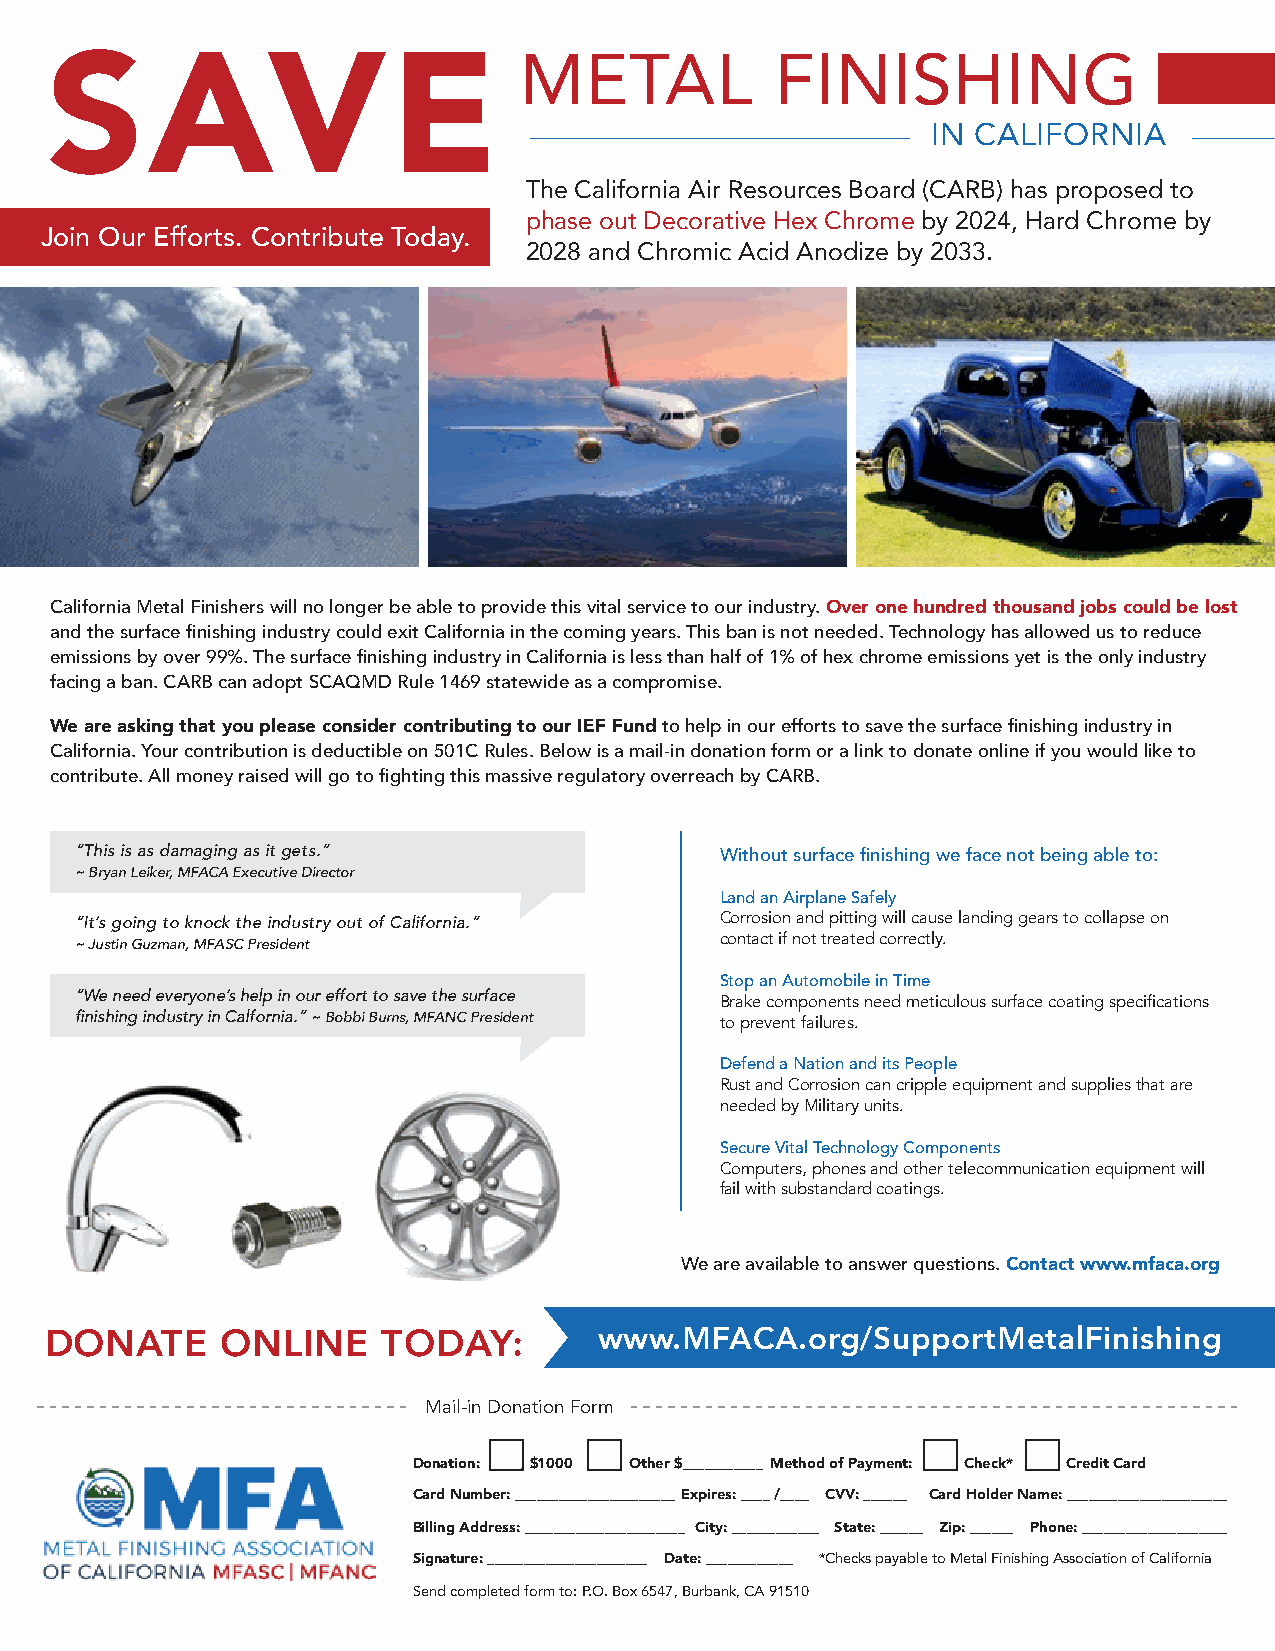
METAL            FINISHING
 SAVE
 IN CALIFORNIA
 The California Air Resources Board (CARB) has proposed to
 phase out Decorative Hex Chrome by 2024, Hard Chrome by
 Join Our Efforts. Contribute Today.
 2028 and Chromic Acid Anodize by 2033.
 California Metal Finishers will no longer be able to provide this vital service to our industry. Over one hundred thousand jobs could be lost
 and the surface finishing industry could exit California in the coming years. This ban is not needed. Technology has allowed us to reduce
 emissions by over 99%. The surface finishing industry in California is less than half of 1% of hex chrome emissions yet is the only industry
 facing a ban. CARB can adopt SCAQMD Rule 1469 statewide as a compromise.
 We are asking that you please consider contributing to our IEF Fund to help in our efforts to save the surface finishing industry in
 California. Your contribution is deductible on 501C Rules. Below is a mail-in donation form or a link to donate online if you would like to
 contribute. All money raised will go to fighting this massive regulatory overreach by CARB.
 “This is as damaging as it gets.”          Without surface finishing we face not being able to:
 ~ Bryan Leiker, MFACA Executive Director
 Land an Airplane Safely
 “It’s going to knock the industry out of California.” Corrosion and pitting will cause landing gears to collapse on
 contact if not treated correctly.
 ~ Justin Guzman, MFASC President
 Stop an Automobile in Time
 “We need everyone’s help in our effort to save the surface Brake components need meticulous surface coating specifications
 finishing industry in Calfornia.” ~ Bobbi Burns, MFANC President to prevent failures.
 Defend a Nation and its People
 Rust and Corrosion can cripple equipment and supplies that are
 needed by Military units.
 Secure Vital Technology Components
 Computers, phones and other telecommunication equipment will
 fail with substandard coatings.
 We are available to answer questions. Contact www.mfaca.org
 DONATE      ONLINE    TODAY:         www.MFACA.org/SupportMetalFinishing
 Mail-in Donation Form
 Donation: $1000 Other $___________ Method of Payment: Check* Credit Card
 Card Number: ______________________Expires: ____ /____ CVV: ______ Card Holder Name: ______________________
 Billing Address: ______________________ City: ____________ State: ______ Zip: ______ Phone: ____________________
 Signature: ______________________ Date: ____________ *Checks payable to Metal Finishing Association of California
 Send completed form to: P.O. Box 6547, Burbank, CA 91510